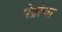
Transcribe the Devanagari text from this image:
पेद्रोचा